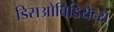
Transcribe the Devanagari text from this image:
डिसओबिडियेन्स